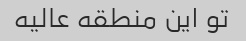
تو این منطقه عالیه